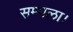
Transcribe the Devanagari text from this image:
सम्भला।